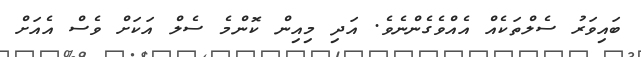
ބައިވަރު ސެލްތަކެއް އެއްވެގެންނެވެ. އަދި މިއިން ކޮންމެ ސެލް އަކަށް ވެސް އެއަށް